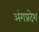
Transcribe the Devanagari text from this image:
अंगप्रदेश